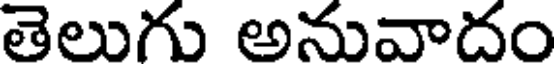
తెలుగు అనువాదం